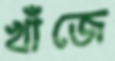
খাঁজে